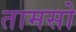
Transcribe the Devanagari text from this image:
तामसो